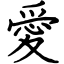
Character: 愛